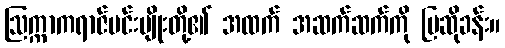
ဩက္ကာကရာဇ်မင်းမျိုးတို့၏ အထက် အဆက်ဆက်ကို ပြဆိုခန်း။